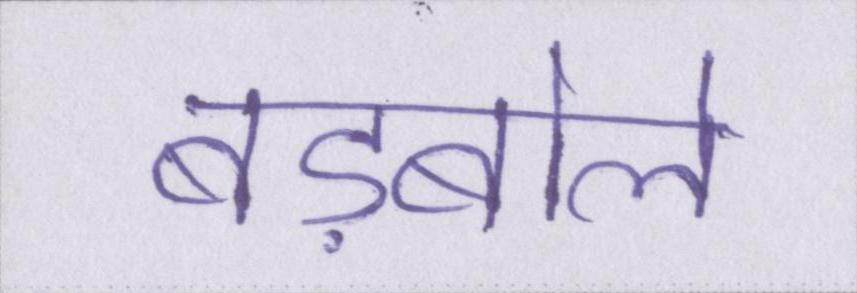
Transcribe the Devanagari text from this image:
बड़बोले